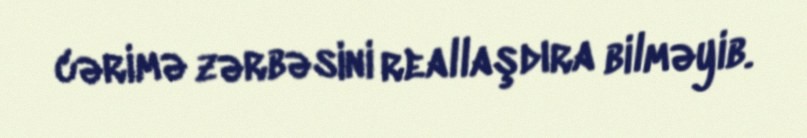
cərimə zərbəsini reallaşdıra bilməyib.